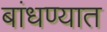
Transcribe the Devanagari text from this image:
बांधण्‍यात